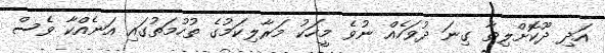
އަދި ދޫކޮށްލިތާ ގިނަ ދުވަހެއް ނުވެ މީހަކު މަރާލިކަމުގެ ތުހުމަތުގައި އަނެއްކާ ވެސް